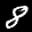
Label: 8